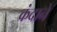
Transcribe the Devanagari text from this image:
कंदाने